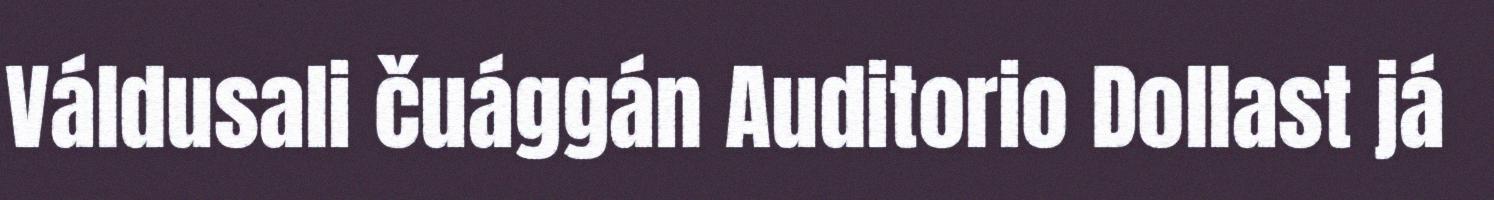
Váldusali čuággán Auditorio Dollast já